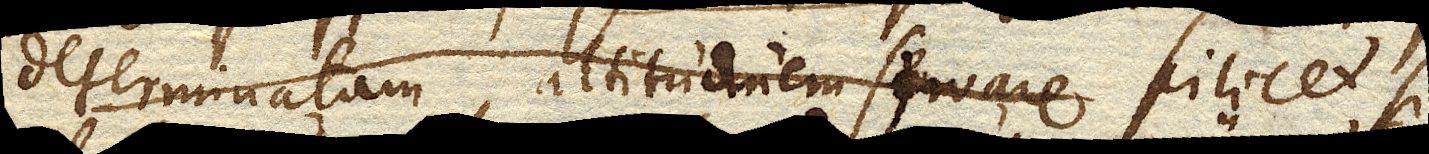
determinatam altitudinem servare scilicet si